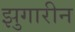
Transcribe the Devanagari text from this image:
झुगारीन